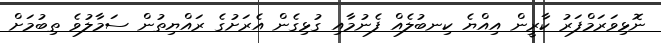
ނޮޅިވަރަމްފަރު ކާރީން އިއްޔެ ކިނބުލެއް ފެނުމާއި ގުޅިގެން އެރަށުގެ ރައްޔިތުން ސަމާލުވެ ތިބުމަށް